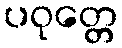
ပဝုတ္တေ